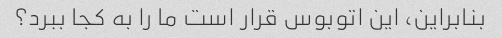
بنابراین، این اتوبوس قرار است ما را به کجا ببرد؟